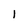
Character: l